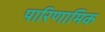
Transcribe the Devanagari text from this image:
पारिणामिक